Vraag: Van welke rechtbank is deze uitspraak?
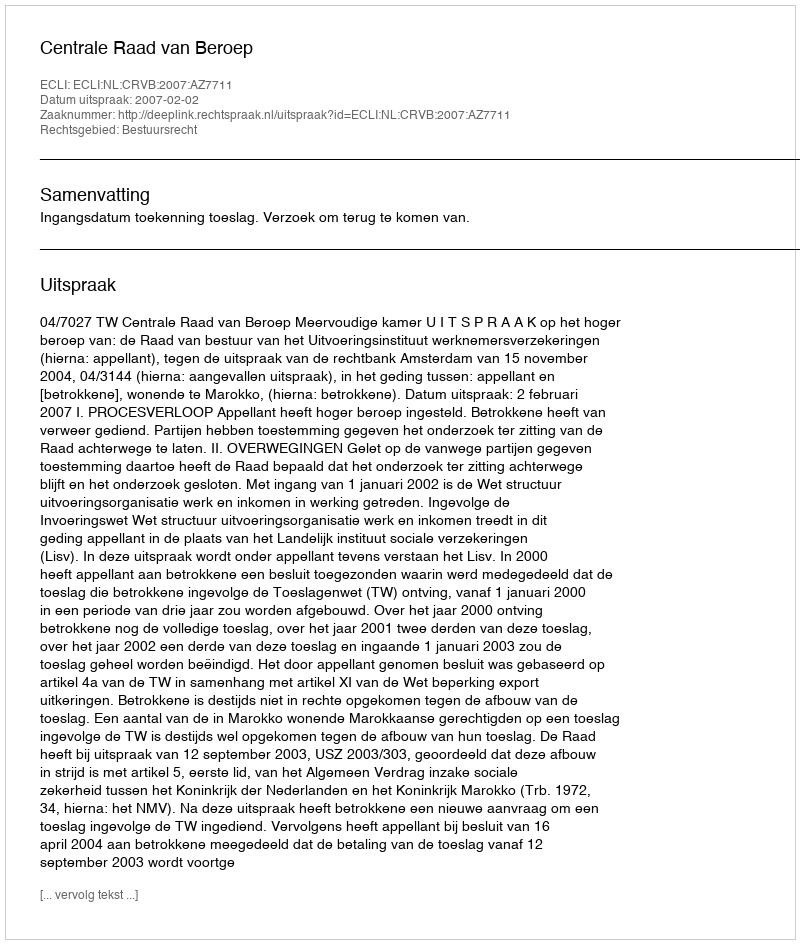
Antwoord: Centrale Raad van Beroep